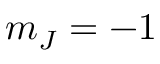
m _ { J } = - 1